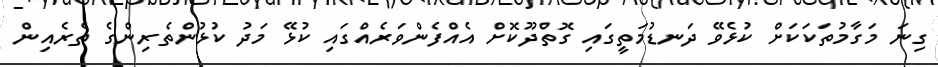
ގިނަ މަގާމުތަކަކަށް ކުޅެވޭ ދަނޑުމަތީގައި ގޮތްދޫކޮށް އެއްފެންވަރެއްގައި ކުޅޭ މަދު ކުޅުންތެރިންގެ ތެރެއިން